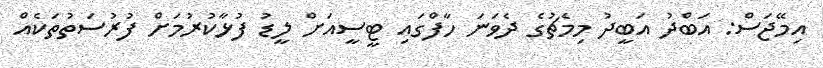
އިމޭޖަސް: އަބްދު އަބީދު މިމެޗުގެ ދެވަނަ ހާފްގައި ޓީސީއަށް ލީޑު ފުޅާކުރުމަށް ފުރުސަތުތަކެއް